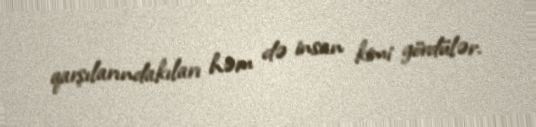
qarşılarındakıları həm də insan kimi gördülər.